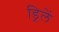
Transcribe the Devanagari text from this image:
ड्रिलें